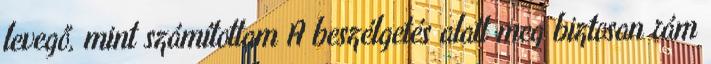
levegő, mint számítottam A beszélgetés alatt meg biztosan rám